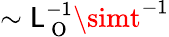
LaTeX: \sim\mathsf{L}_{\mathrm{{~O~}}}^{-1}\simt^{-1}